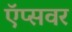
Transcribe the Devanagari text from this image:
ऍप्सवर